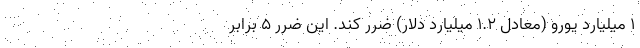
۱ میلیارد یورو (معادل ۱.۲ میلیارد دلار) ضرر کند. این ضرر ۵ برابر